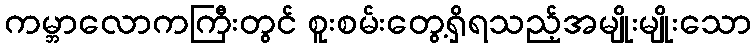
ကမ္ဘာလောကကြီးတွင် စူးစမ်းတွေ့ရှိရသည့်အမျိုးမျိုးသော